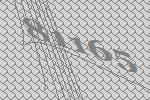
81165